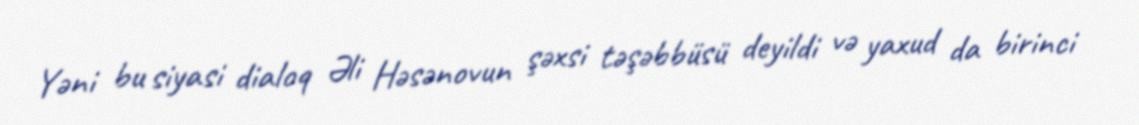
Yəni bu siyasi dialoq Əli Həsənovun şəxsi təşəbbüsü deyildi və yaxud da birinci